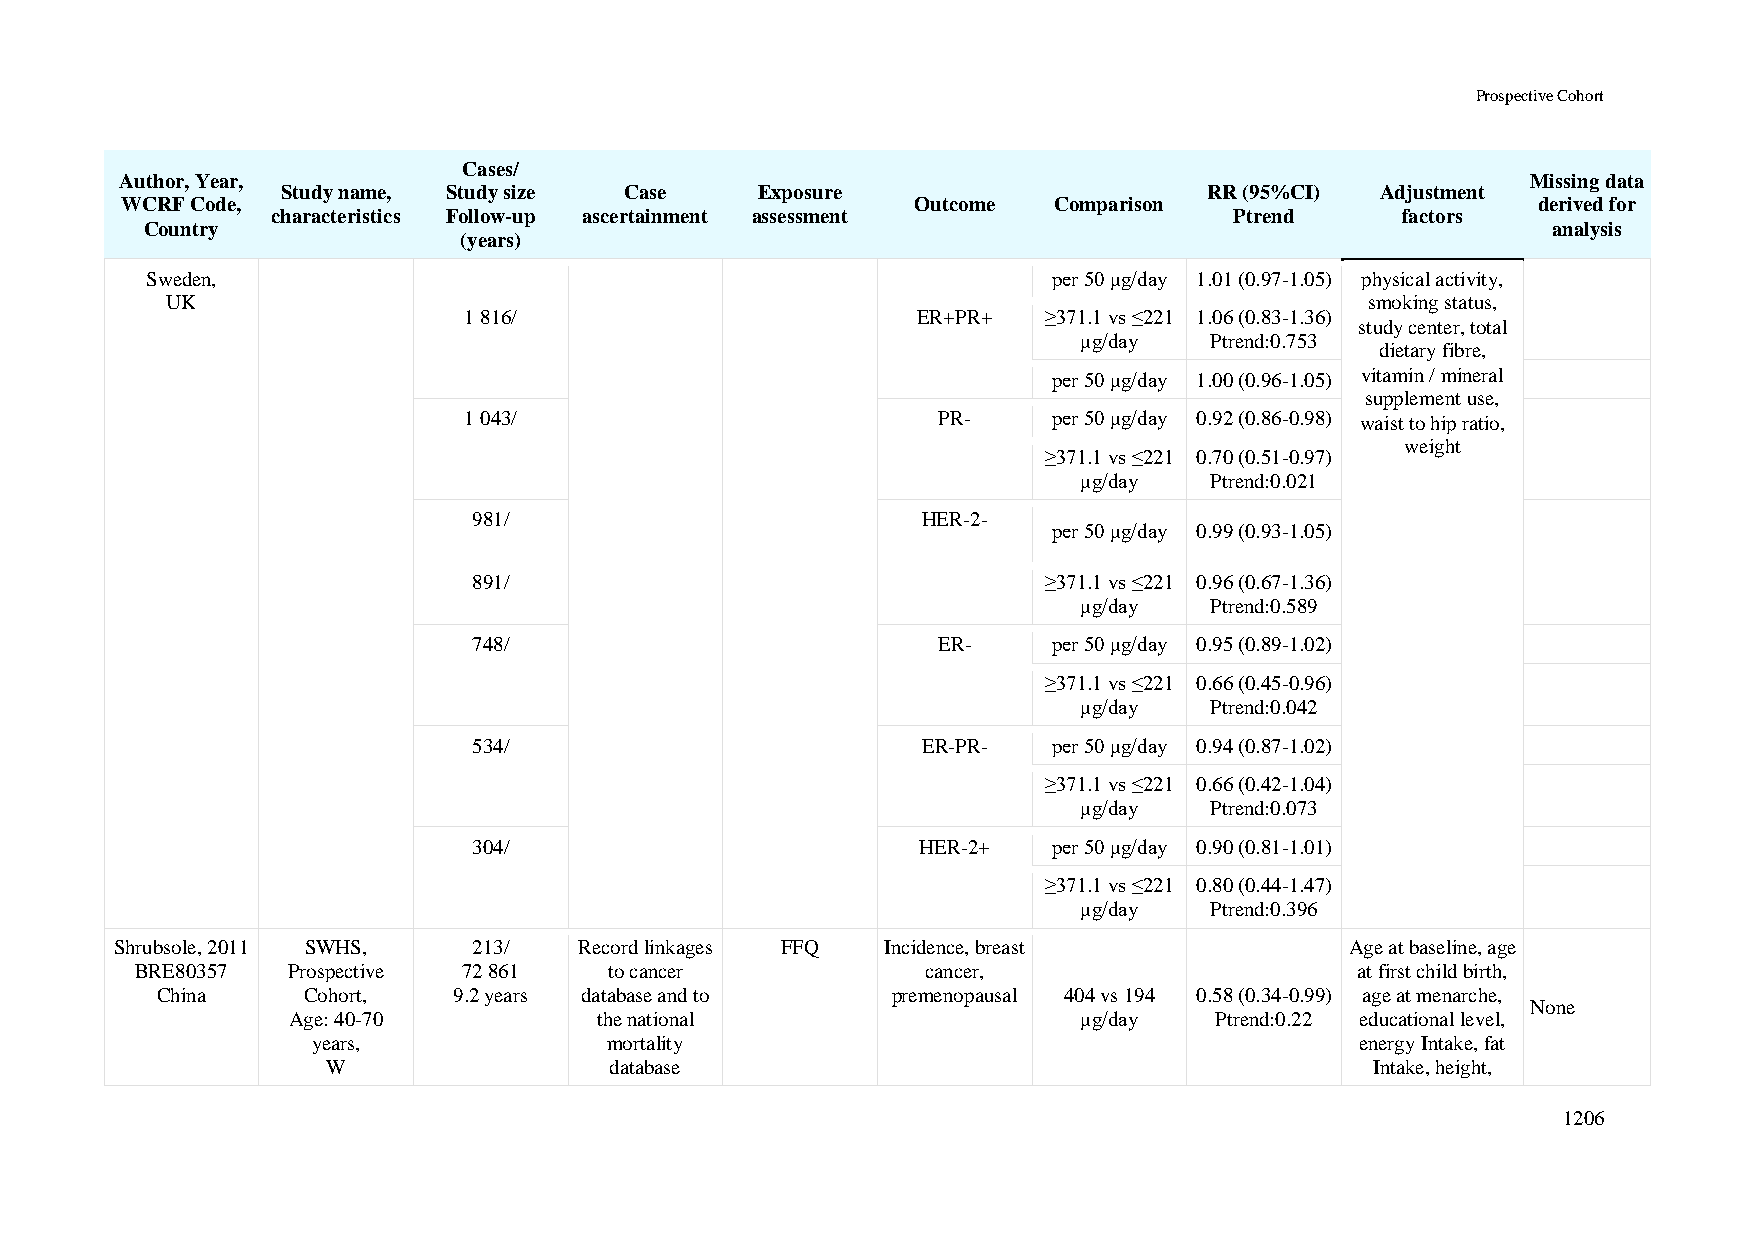
Prospective Cohort
 Cases/
 Author, Year,                                                                                Missing data
 Study name, Study size Case    Exposure                      RR (95%CI) Adjustment
 WCRF Code,                                           Outcome  Comparison                      derived for
 characteristics Follow-up ascertainment assessment              Ptrend     factors
 Country                                                                                      analysis
 (years)
 Sweden,                                                     per 50 μg/day 1.01 (0.97-1.05) physical activity,
 UK                                                                              smoking status,
 1 816/                        ER+PR+  ≥371.1 vs ≤221 1.06 (0.83-1.36)
 study center, total
 μg/day  Ptrend:0.753
 dietary fibre,
 per 50 μg/day 1.00 (0.96-1.05) vitamin / mineral
 supplement use,
 1 043/                         PR-     per 50 μg/day 0.92 (0.86-0.98) waist to hip ratio,
 weight
 ≥371.1 vs ≤221 0.70 (0.51-0.97)
 μg/day  Ptrend:0.021
 981/                          HER-2-
 per 50 μg/day 0.99 (0.93-1.05)
 891/                                  ≥371.1 vs ≤221 0.96 (0.67-1.36)
 μg/day  Ptrend:0.589
 748/                           ER-     per 50 μg/day 0.95 (0.89-1.02)
 ≥371.1 vs ≤221 0.66 (0.45-0.96)
 μg/day  Ptrend:0.042
 534/                          ER-PR-   per 50 μg/day 0.94 (0.87-1.02)
 ≥371.1 vs ≤221 0.66 (0.42-1.04)
 μg/day  Ptrend:0.073
 304/                          HER-2+   per 50 μg/day 0.90 (0.81-1.01)
 ≥371.1 vs ≤221 0.80 (0.44-1.47)
 μg/day  Ptrend:0.396
 Shrubsole, 2011 SWHS,  213/   Record linkages FFQ  Incidence, breast             Age at baseline, age
 BRE80357  Prospective 72 861   to cancer            cancer,                      at first child birth,
 China     Cohort,   9.2 years database and to    premenopausal 404 vs 194 0.58 (0.34-0.99) age at menarche,
 None
 Age: 40-70           the national                    μg/day  Ptrend:0.22 educational level,
 years,             mortality                                         energy Intake, fat
 W                 database                                           Intake, height,
 1206